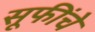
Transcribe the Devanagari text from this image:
सूफींचे